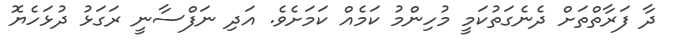
ދާ ފަރާތްތަށް ދެނެގަތުކަމީ މުހިންމު ކަމެއް ކަމަށެވެ. އަދި ނަފްސާނީ ރަގަޅު ދުޅަހެޔޮ